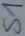
Text: S1